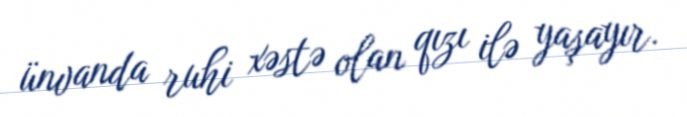
ünvanda ruhi xəstə olan qızı ilə yaşayır.